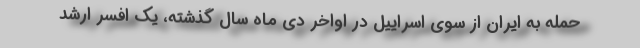
حمله به ایران از سوی اسراییل در اواخر دی ماه سال گذشته، یک افسر ارشد